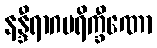
နန္ဒီရာဂပရိက္ခီဏော